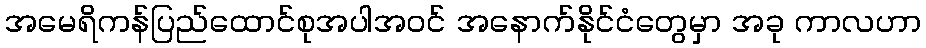
အမေရိကန်ပြည်ထောင်စုအပါအဝင် အနောက်နိုင်ငံတွေမှာ အခု ကာလဟာ